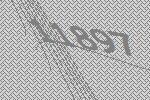
11897